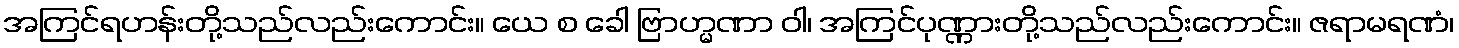
အကြင်ရဟန်းတို့သည်လည်းကောင်း။ ယေ စ ခေါ ဗြာဟ္မဏာ ဝါ၊ အကြင်ပုဏ္ဏားတို့သည်လည်းကောင်း။ ဇရာမရဏံ၊